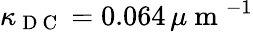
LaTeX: \kappa_{\mathrm{~D~C~}}=0.064\, \mu\mathrm{~m~}^{-1}